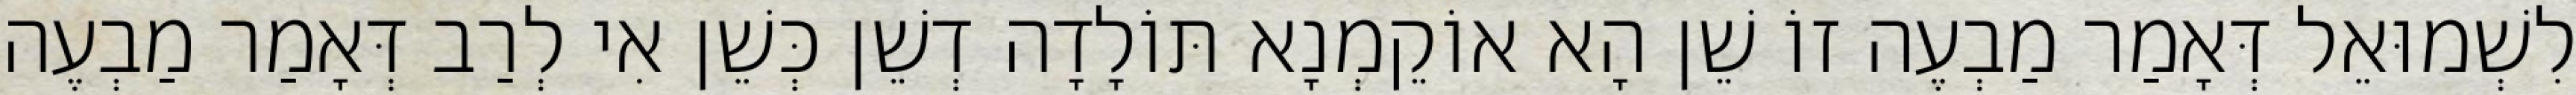
לִשְׁמוּאֵל דְּאָמַר מַבְעֶה זוֹ שֵׁן הָא אוֹקֵמְנָא תּוֹלָדָה דְשֵׁן כְּשֵׁן אִי לְרַב דְּאָמַר מַבְעֶה